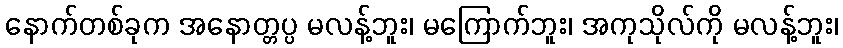
နောက်တစ်ခုက အနောတ္တပ္ပ မလန့်ဘူး၊ မကြောက်ဘူး၊ အကုသိုလ်ကို မလန့်ဘူး၊